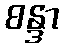
စန္ဒာ